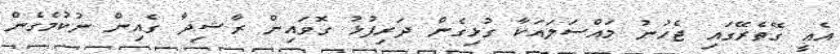
އެއީ ގޭތެރޭގައި ޖެހުނު މައްސަލައަކާ ގުޅިގެން ދަރިފުޅު ގޮވައިން ރާޝިދާ ގެއިން ނުކުމެގެން